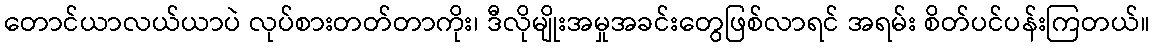
တောင်ယာလယ်ယာပဲ လုပ်စားတတ်တာကိုး၊ ဒီလိုမျိုးအမှုအခင်းတွေဖြစ်လာရင် အရမ်း စိတ်ပင်ပန်းကြတယ်။